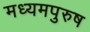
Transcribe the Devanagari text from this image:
मध्‍यमपुरुष